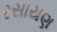
રસાયણ